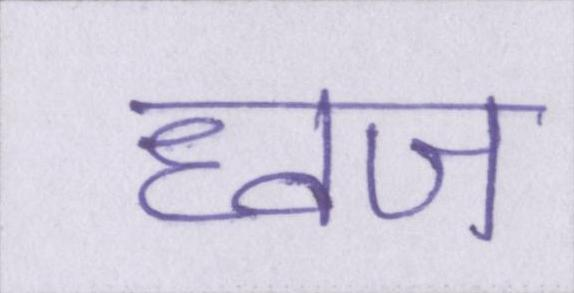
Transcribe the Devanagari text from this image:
ध्वज